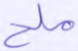
ملح